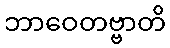
ဘာဝေတဗ္ဗာတိ